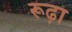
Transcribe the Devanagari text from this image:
रूढ़ा